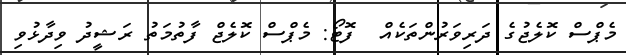
މެޕްސް ކޮލެޖުގެ ދަރިވަރުންތަކެއް  ފޮޓޯ: މެޕްސް ކޮލެޖް ފާތުމަތު ރަޝީދު ވިދާޅުވި